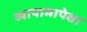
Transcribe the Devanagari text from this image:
व्यायामापेक्षा